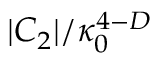
{ | C _ { 2 } | } / { \kappa _ { 0 } ^ { 4 - D } }